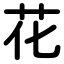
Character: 花